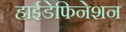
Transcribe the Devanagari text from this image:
हाईडेफिनेशन